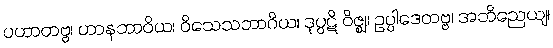
ပဟာတဗ္ဗ၊ ဟာနဘာဝိယ၊ ဝိသေသဘာဂိယ၊ ဒုပ္ပဋိ ဝိဇ္ဈ၊ ဥပ္ပါဒေတဗ္ဗ၊ အဘိညေယျ၊